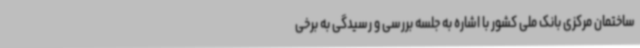
ساختمان مرکزی بانک ملی کشور با اشاره به جلسه بررسی و رسیدگی به برخی